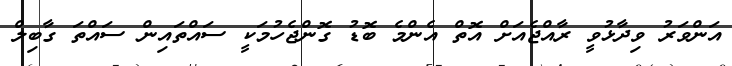
އަންވަރު ވިދާޅުވީ ރާއްޖެއަށް އޮތް އެންމެ ބޮޑު ގޮންޖެހުމަކީ ސައްތައިން ސައްތަ ގާބިލް